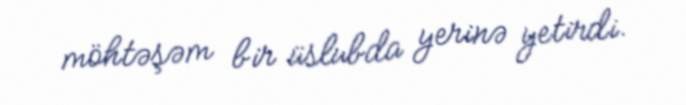
möhtəşəm bir üslubda yerinə yetirdi.